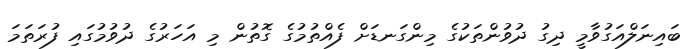
ބައިނަލްއަގުވާމީ ދިގު ދުވުންތަކުގެ މިންގަނޑަށް ފެއްތުމުގެ ގޮތުން މި އަހަރުގެ ދުވުމުގައި ފުރަތަމަ